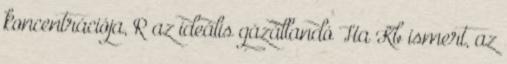
koncentrációja, R az ideális gázállandó Ha Kb ismert, az